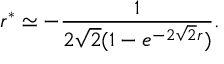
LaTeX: r ^ { * } \simeq - { \frac { 1 } { 2 \sqrt 2 ( 1 - e ^ { - 2 \sqrt 2 r } ) } } .